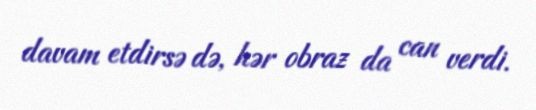
davam etdirsə də, hər obraz da can verdi.